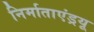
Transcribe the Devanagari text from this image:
निर्माताएंड्रयू